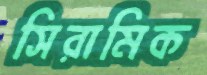
সিরামিক